Lunatic asylums Madras 1892-1911 - 1892-1911
Year: 1892
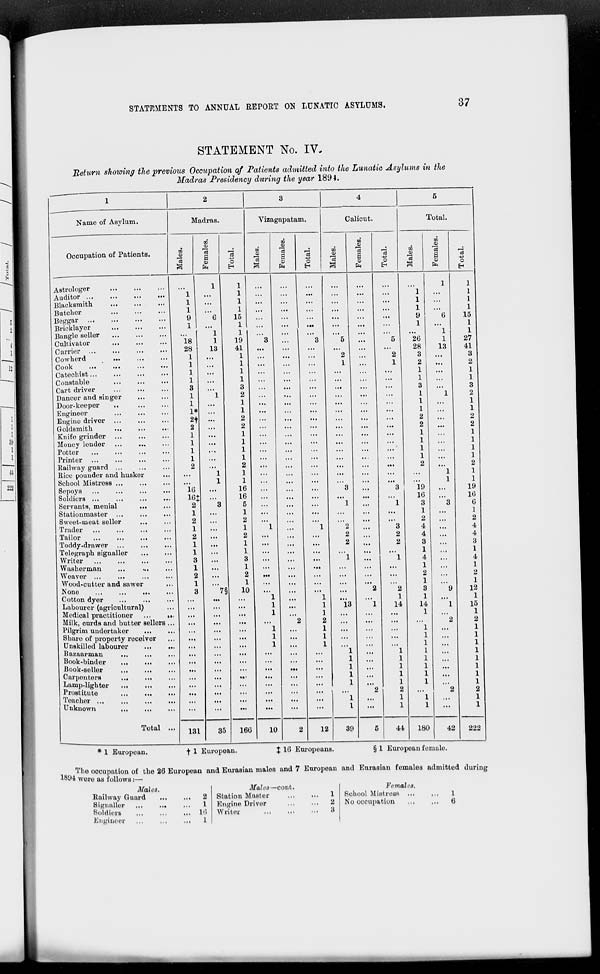
STATEMENTS TO ANNUAL REPORT ON LUNATIC ASYLUMS.
37
STATEMENT No. IV.
Return showing the previous Occupation of Patients admitted into the Lunatic Asylums in the
Madras Presidency during the year 1894.
1
Name of Asylum.
Occupation of Patients.
Astrologer
...
...
...
Auditor
...
...
...
...
Blacksmith
...
...
...
Butcher
...
...
...
Beggar
...
...
...
Bricklayer
...
...
...
Bangle seller
...
...
...
Cultivator ... ... ...
Carrier
...
...
...
...
Cowherd ... ... ...
Cook
...
...
...
...
Catechist ... ... ... ...
Constable ... ... ...
Cart driver ... ... ...
Dancer and singer ... ...
Door-keeper ... ... ...
Engineer ... ... ...
Engine driver ... ... ...
Goldsmith ... ... ...
Knife grinder ... ... ...
Money lender ... ... ...
Potter
...
...
...
...
Printer ... ... ... ...
Railway guard ... ... ...
Rice pounder and husker ...
School Mistress ... ... ...
Sepoys ... ... ... ...
Soldiers ... ... ... ...
Servants, menial ... ...
Stationmaster
...
...
...
Sweet-meat seller ... ...
Trader
...
...
...
...
Tailor
...
...
...
...
Toddy-drawer
...
...
...
Telegraph signaller
...
...
Writer ... ... ... ...
Washerman
...
...
...
Weaver ... ... ... ...
Wood-cutter and sawer ...
None
...
...
...
...
Cotton dyer ... ... ...
Labourer (agricultural) ...
Medical practitioner
...
...
Milk, curds and butter sellers ...
Pilgrim undertaker
...
...
Share of property receiver ...
Unskilled labourer
...
...
Bazaarman ... ... ...
Book-binder
...
...
...
Book-seller
...
...
...
Carpenters
...
...
...
Lamp-lighter
...
...
...
Prostitute
...
...
...
Teacher
...
...
...
...
Unknown
...
...
...
Total ...
2
Madras.
Males.
...
1
1
1
9
1
...
18
28
1
1
1
1
3
1
1
1*
2†
2
1
1
1
1
2
...
...
16
16‡
2
1
2
1
2
1
1
3
1
2
1
3
...
...
...
...
...
...
...
...
...
...
...
...
...
...
...
131
Females.
1
...
...
...
6
...
1
1
13
...
...
...
...
...
1
...
...
...
...
...
...
...
...
...
1
1
...
...
3
...
...
...
...
...
...
...
...
...
...
7§
...
...
...
...
...
...
...
...
...
...
...
...
...
...
...
35
Total.
1
1
1
1
15
1
1
19
41
1
1
1
1
3
2
1
1
2
2
1
1
1
1
2
1
1
16
16
5
1
2
1
2
1
1
3
1
2
1
10
...
...
...
...
...
...
...
...
...
...
...
...
...
...
...
166
3
Vizagapatam.
Males.
...
...
...
...
...
...
...
3
...
...
...
...
...
...
...
...
...
...
...
...
...
...
...
...
...
...
...
...
...
...
...
1
...
...
...
...
...
...
...
...
1
1
1
...
1
1
1
...
...
...
...
...
...
...
...
10
Females.
...
...
...
...
...
...
...
...
...
...
...
...
...
...
...
...
...
...
...
...
...
...
...
...
...
...
...
...
...
...
...
...
...
...
...
...
...
...
...
...
...
...
...
2
...
...
...
...
...
...
...
...
...
...
...
2
Total.
...
...
...
...
...
...
...
3
...
...
...
...
...
...
...
...
...
...
...
...
...
...
...
...
...
...
...
...
...
...
...
1
...
...
...
...
...
...
...
...
1
1
1
2
1
1
1
...
...
...
...
...
...
...
...
12
4
Calicut.
Males.
...
...
...
...
...
...
...
5
...
2
1
...
...
...
...
...
...
...
...
...
...
...
...
...
...
...
3
...
1
...
...
2
2
2
...
1
...
...
...
...
...
13
...
...
...
...
...
1
1
1
1
1
...
1
1
39
Females.
...
...
...
...
...
...
...
...
...
...
...
...
...
...
...
...
...
...
...
...
...
...
...
...
...
...
...
...
...
...
...
...
...
...
...
...
...
...
...
2
...
1
...
...
...
...
...
...
...
...
...
...
2
...
...
5
Total.
...
...
...
...
...
...
...
5
...
2
1
...
...
...
...
...
...
...
...
...
...
...
...
...
...
...
3
...
1
...
...
3
2
2
...
1
...
...
...
2
1
14
...
...
...
...
...
1
1
1
1
1
2
1
1
44
5
Total.
Males.
...
1
1
1
9
1
...
26
28
3
2
1
1
3
1
1
1
2
2
1
1
1
1
2
...
...
19
16
3
1
2
4
4
3
1
4
1
2
1
3
1
14
1
...
1
1
1
1
1
1
1
1
...
1
1
180
Females.
1
...
...
...
6
...
1
1
13
...
...
...
...
...
1
...
...
...
...
...
...
...
...
...
1
1
...
...
3
...
...
...
...
...
...
...
...
...
...
9
...
l
...
2
...
...
...
...
...
...
...
...
2
...
...
42
Total.
1
1
1
1
15
1
1
27
41
3
2
1
1
3
2
1
1
2
2
1
1
1
1
2
1
1
19
16
6
1
2
4
4
3
1
4
1
2
1
12
1
15
1
2
1
1
1
1
1
1
1
1
2
1
1
222
*1 European.
†
1
European.
‡16
Europeans.
§1 European female.
The occupation of the 26 European and Eurasian males and 7 European and Eurasian females admitted during
1894 were as follows:—
Males.
Railway Guard
...
...
Signaller
...
...
...
Soldiers ... ... ...
Engineer ... ... ...
2
1
16
1
Males— cont.
Station Master
...
...
Engine Driver ... ...
Writer
...
...
...
1
2
3
Females.
School Mistress
...
...
No occupation ... ...
1
6